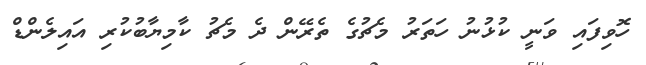
ހޮވިފައި ވަނީ ކުޅުނު ހަތަރު މެޗުގެ ތެރޭން ދެ މެޗު ކާމިޔާބުކުރި އައިލެންޑް